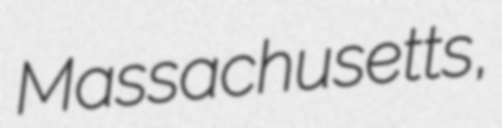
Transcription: Massachusetts,